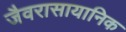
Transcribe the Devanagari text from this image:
जैवरासायानिक